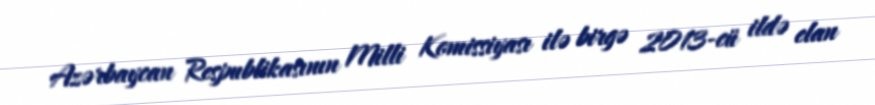
Azərbaycan Respublikasının Milli Komissiyası ilə birgə 2013-cü ildə elan